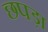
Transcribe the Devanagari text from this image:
छपड़ा